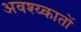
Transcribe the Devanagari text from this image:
अवश्य्कातों